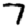
Digit: 7